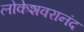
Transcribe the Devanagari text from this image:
लोकेशवरानंद